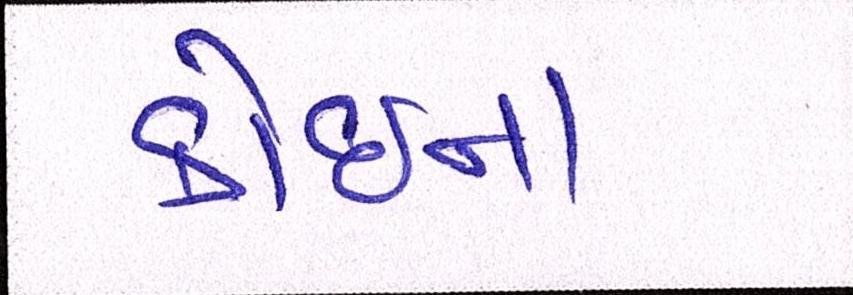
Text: કોઇના